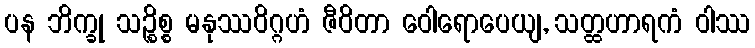
ပန ဘိက္ခု သဉ္စိစ္စ မနုဿဝိဂ္ဂဟံ ဇီဝိတာ ဝေါရောပေယျ, သတ္ထဟာရကံ ဝါဿ